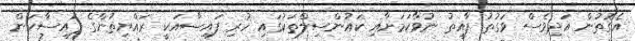
އެގޮތުން އަދިވެސް ވަގުތު ފާއިތު ނުވާކަމަށާއި ކަައުންސިލްތަކުގައި ހުރި ފައިސާއަކީ ރައްޔިތުންގެ ފައިސާކަން